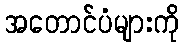
အတောင်ပံများကို